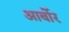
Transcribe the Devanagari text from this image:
आर्बोर